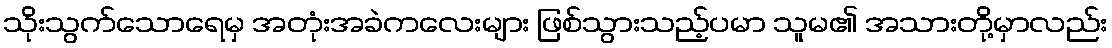
သိုးသွက်သောရေမှ အတုံးအခဲကလေးများ ဖြစ်သွားသည့်ပမာ သူမ၏ အသားတို့မှာလည်း